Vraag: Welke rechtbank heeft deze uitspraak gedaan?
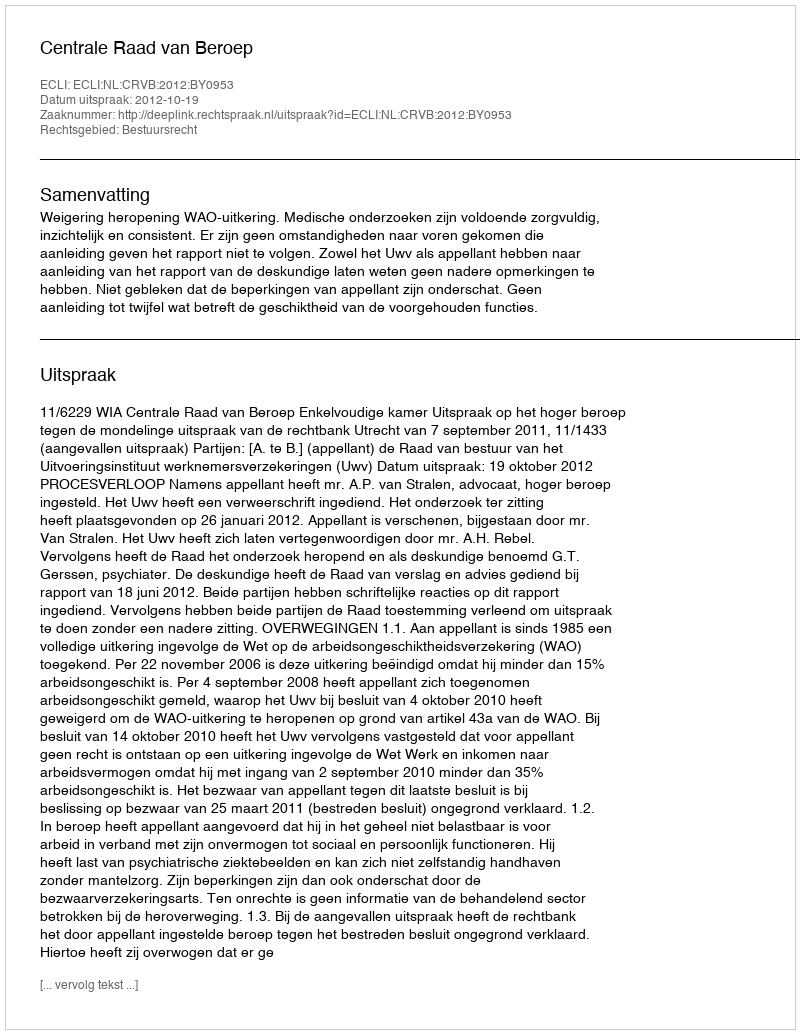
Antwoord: Centrale Raad van Beroep